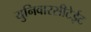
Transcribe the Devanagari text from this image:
युनिवारसीटेईट